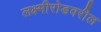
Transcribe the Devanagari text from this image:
लक्ष्मीरोडवरील